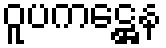
ဝူပကဋ္ဌေန